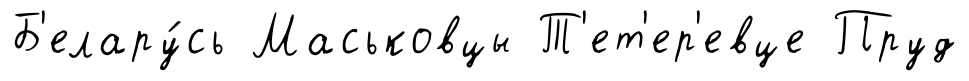
Б'елару́сь Маськовцы Т'ет'ер'евце Пруд